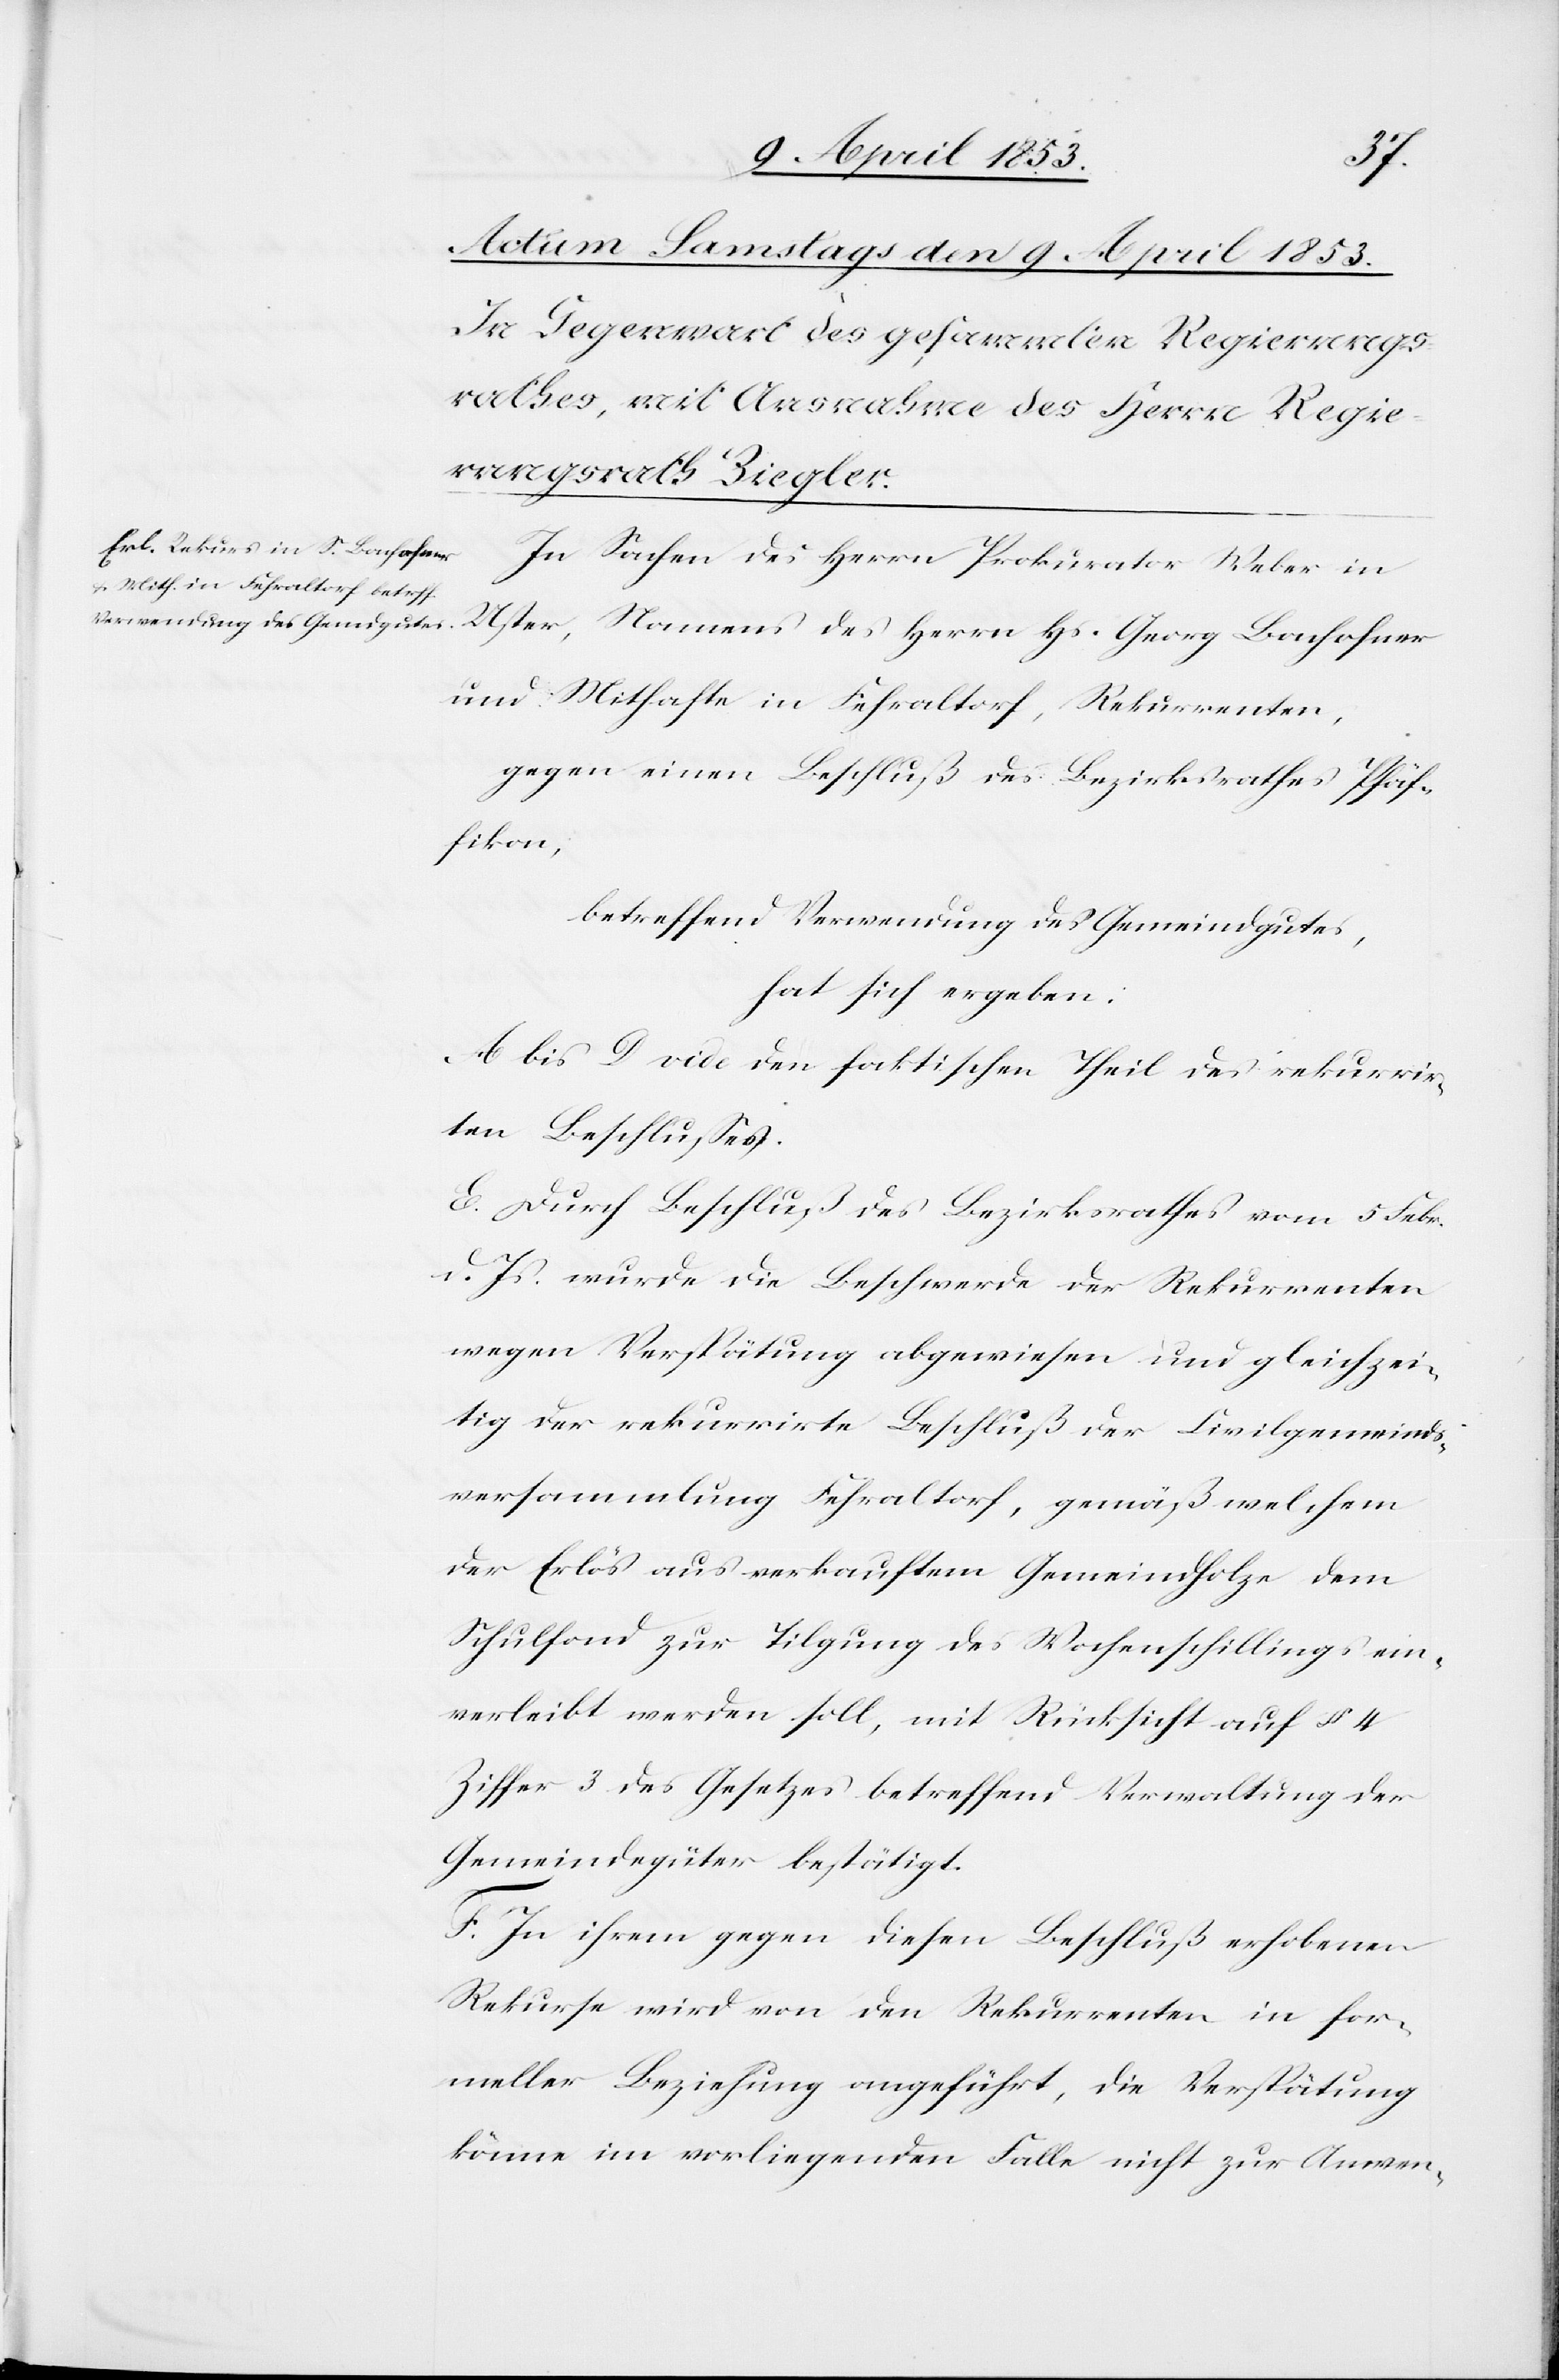
In Sachen des Herrn Prokurator Weber in
Uster, Namens des Herrn Hs. Georg Bonhohner
und Mithafte in Fehraltorf, Rekurrenten,
gegen einen Beschluß des Bezirksrathes Pfäf¬
fikon,
betreffend Verwendung des Gemeindgutes,
hat sich ergeben:
A bis D vide den faktischen Theil des rekurrir¬
ten Beschlußes.
E. Durch Beschluß des Bezirksrathes vom 5 Febr.
v. Js. wurde die Beschwerde der Rekurrenten
wegen Verspätung abgewiesen und gleichzei¬
tig der rekurrirte Beschluß der Civilgemeinds¬
versammlung Fehraltorf, gemäß welchem
der Erlös aus verkauften Gemeindholze dem
Schulfond zur Tilgung des Wochenschillings ein¬
verleibt werden soll, mit Rücksicht auf § 4
Ziffer 3. des Gesetzes betreffend Verwaltung der
Gemeindgüter bestätigt.
F. In ihrem gegen diesen Beschluß erhobenen
Rekurse wird von den Rekurrenten in for¬
meller Beziehung angeführt, die Verspätung
könne im vorliegenden Falle nicht zur Anwen-